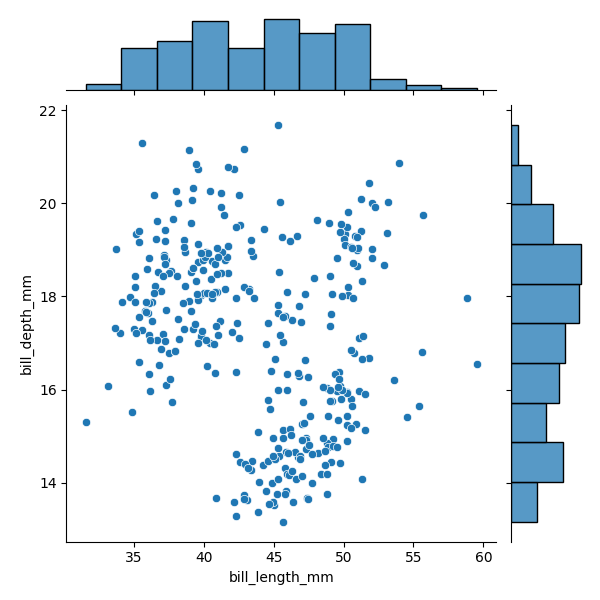
python, seaborn, JointGrid, scatterplot, histplot